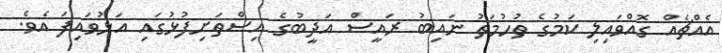
އެއްޗެއް ގޮއްވައިލި ކަމުގެ ތުހުމަތު ނައިބު ރައީސް އަދީބުގެ އިސްތަށިފުޅުގައި އަޅުވައިފަ އެވެ.